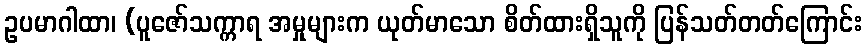
ဥပမာဂါထာ၊ (ပူဇော်သက္ကာရ အမှုများက ယုတ်မာသော စိတ်ထားရှိသူကို ပြန်သတ်တတ်ကြောင်း